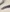
Text: -